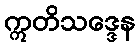
ဣတိသဒ္ဒေန